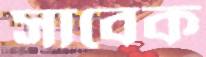
সাবেক